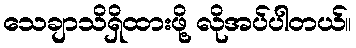
သေချာသိရှိထားဖို့ လိုအပ်ပါတယ်။